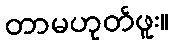
တာမဟုတ်ဖူး။